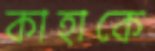
কাহাকে